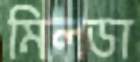
মিলডা